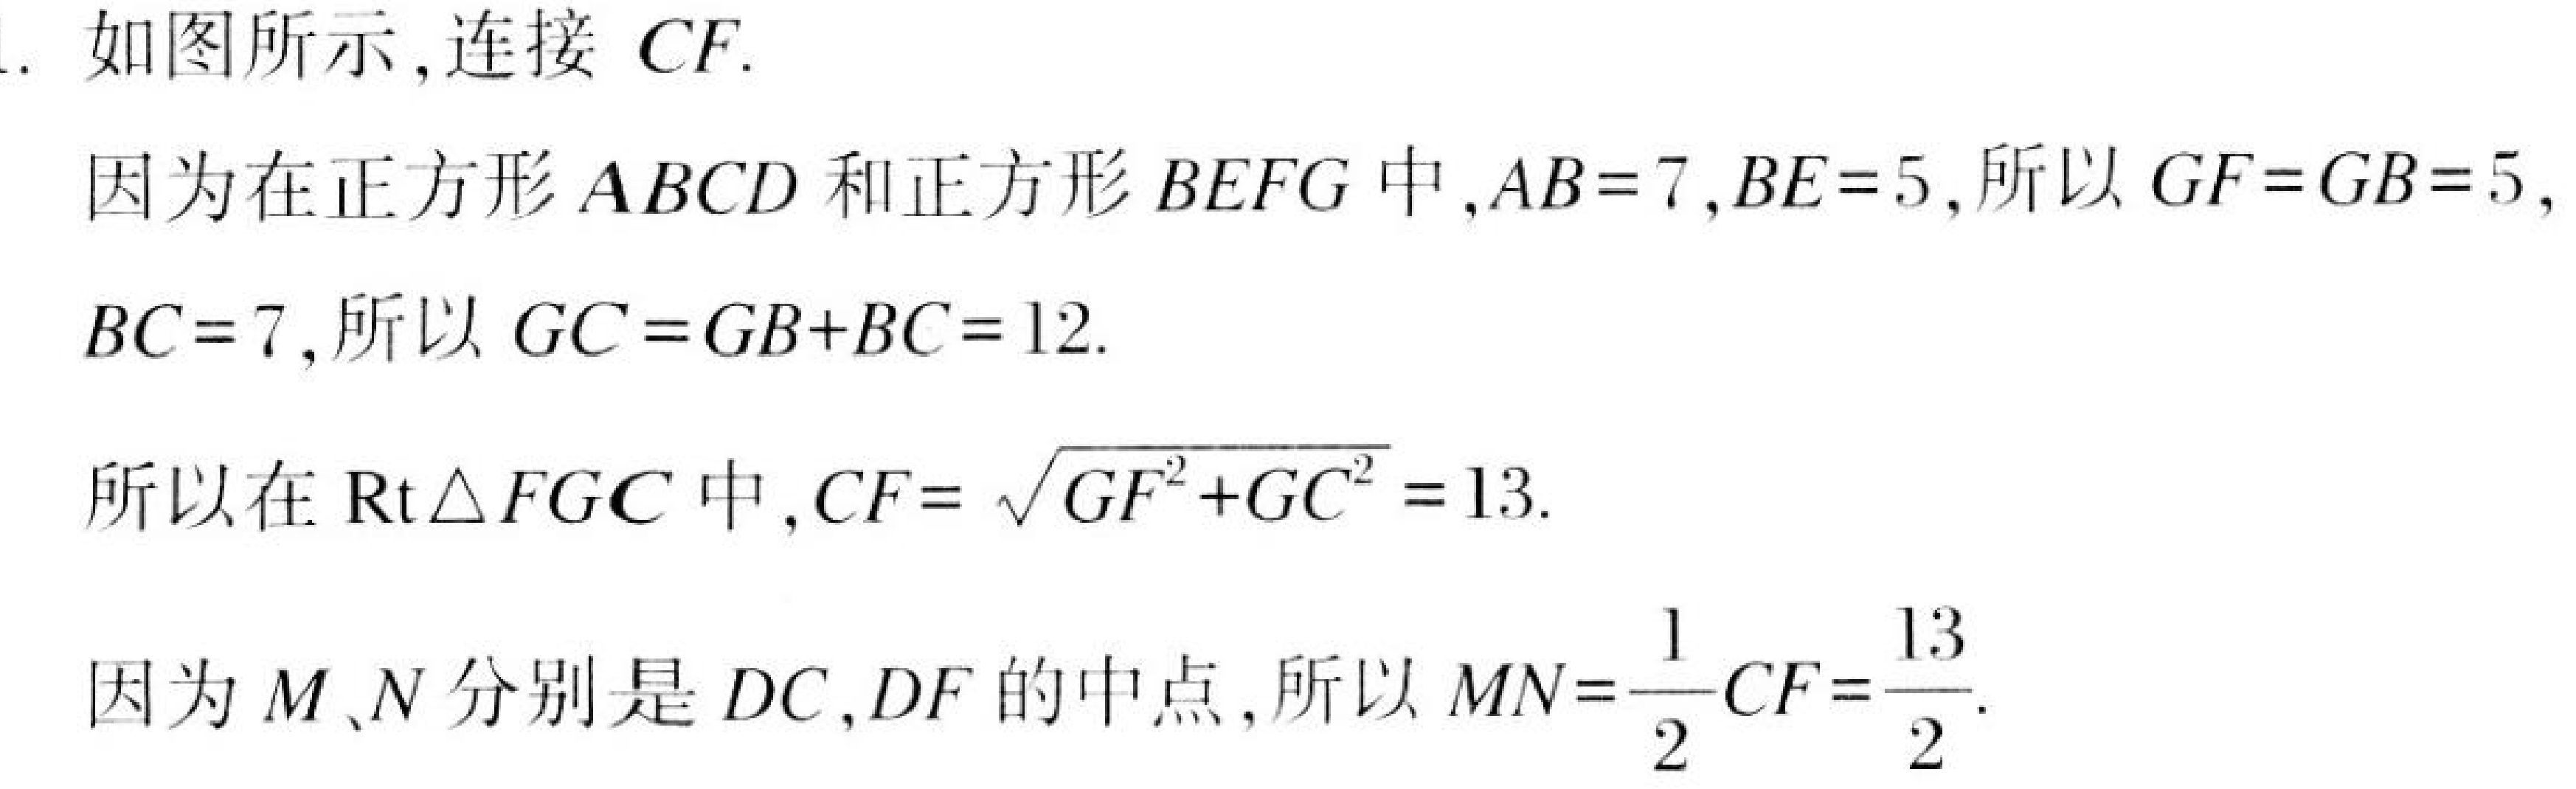
1. 如图所示，连接 $CF$.
因为在正方形$ABCD$和正方形$BEFG$中，$AB = 7,BE = 5$，所以$GF = GB = 5$，
$BC = 7$，所以$GC = GB + BC = 12$.
所以在$\mathrm{Rt}\triangle FGC$中，$CF=\sqrt{GF^{2}+GC^{2}} = 13$.
因为$M、N$分别是$DC,DF$的中点，所以$MN=\frac{1}{2}CF=\frac{13}{2}$.